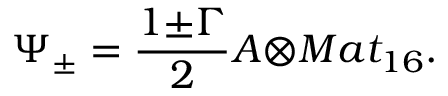
{ \Psi } _ { \pm } = \frac { 1 { \pm } { \Gamma } } { 2 } { \cal A } { \otimes } M a t _ { 1 6 } .